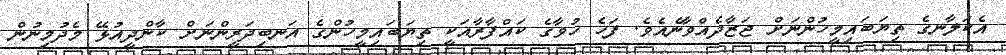
އެކަލާނގެ ތިޔަބައިމީހުންނަށް ޖަޒާދެއްވާނެއެވެ. ފަހެ ހުވާގެ ކައްފާރާއަކީ ތިޔަބައިމީހުންގެ އަނބިދަރީންނަށް ކާންދީއުޅޭ މެދުމިނުން